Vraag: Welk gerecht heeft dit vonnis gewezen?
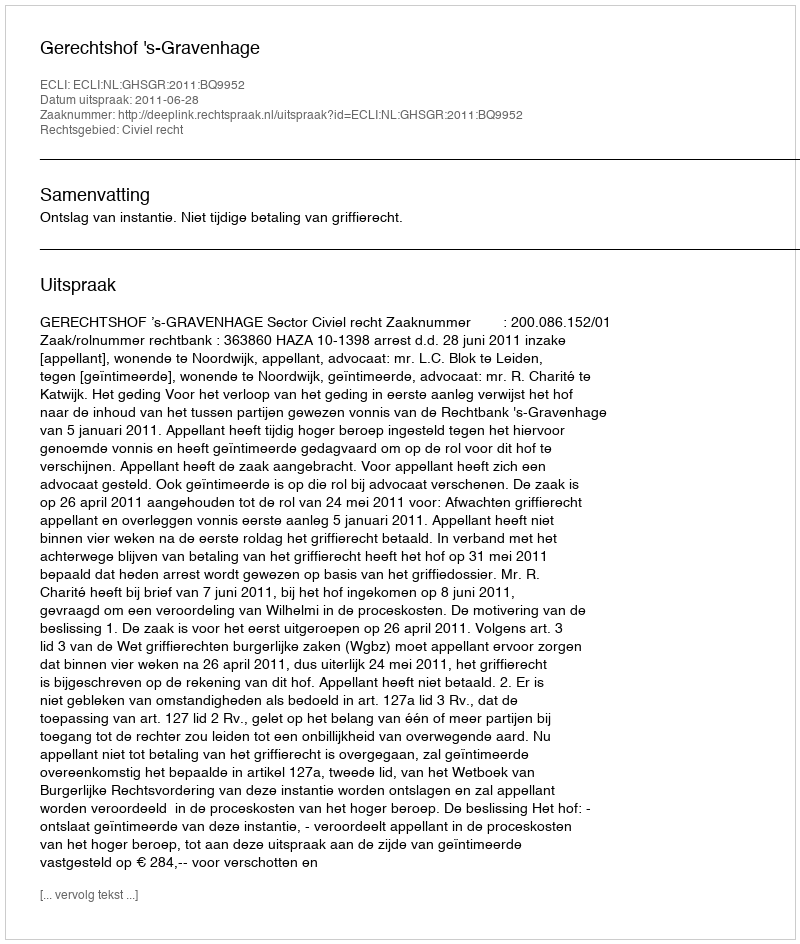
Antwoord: Gerechtshof 's-Gravenhage